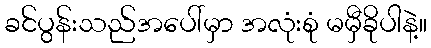
ခင်ပွန်းသည်အပေါ်မှာ အလုံးစုံ မမှီခိုပါနဲ့။